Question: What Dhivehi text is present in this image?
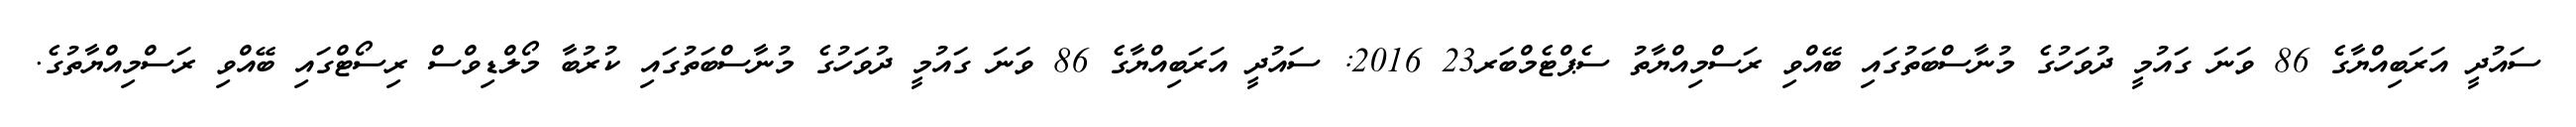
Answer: ސައުދީ އަރަބިއްޔާގެ 86 ވަނަ ގައުމީ ދުވަހުގެ މުނާސްބަތުގައި ބޭއްވި ރަސްމިއްޔާތު ސެޕްޓެމްބަރ23 2016: ސައުދީ އަރަބިއްޔާގެ 86 ވަނަ ގައުމީ ދުވަހުގެ މުނާސްބަތުގައި ކުރުބާ މޯލްޑިވްސް ރިސޯޓްގައި ބޭއްވި ރަސްމިއްޔާތުގެ.